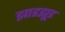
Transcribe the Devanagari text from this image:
झाडझूड